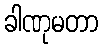
ခါဏုမတာ